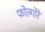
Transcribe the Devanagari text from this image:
फोल्गोरे